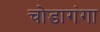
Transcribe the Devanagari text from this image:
चोडागंगा